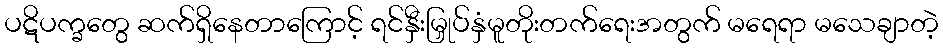
ပဋိပက္ခတွေ ဆက်ရှိနေတာကြောင့် ရင်နှီးမြှုပ်နှံမူတိုးတက်ရေးအတွက် မရေရာ မသေချာတဲ့